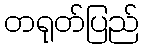
တရုတ်ပြည်